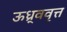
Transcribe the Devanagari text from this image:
ऊध्र्ववृत्त